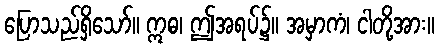
ပြောသည်ရှိသော်။ ဣဓ၊ ဤအရပ်၌။ အမှာကံ၊ ငါတို့အား။